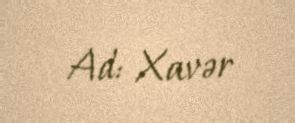
Ad: Xavər